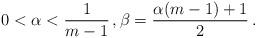
LaTeX: \begin{align*}0<\alpha<\frac 1{m-1} \, , \beta=\frac{\alpha(m-1)+1}2 \, .\end{align*}